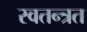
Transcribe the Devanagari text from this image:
स्वतन्त्रत